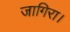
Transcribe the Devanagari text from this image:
जागिरा।